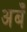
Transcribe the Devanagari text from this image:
अबँ